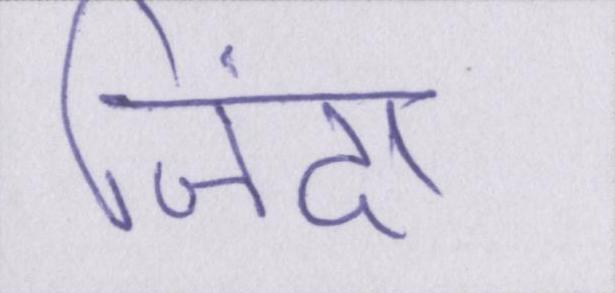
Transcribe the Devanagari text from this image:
जिंदा